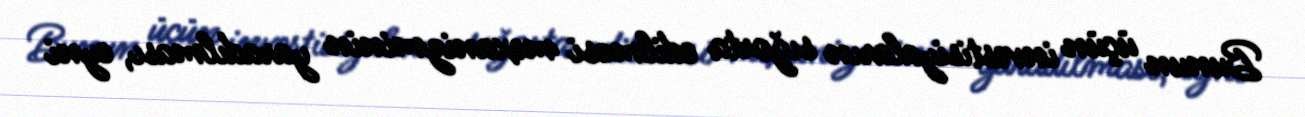
Bunun üçün investisiyaların sığorta edilməsi mexanizminin yaradılması, eyni